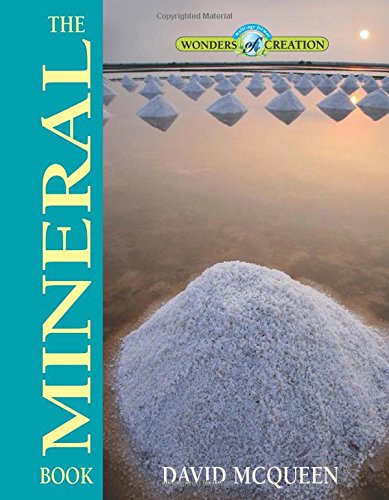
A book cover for The Mineral Book (Wonders of Creation); David McQueen; Science & Math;